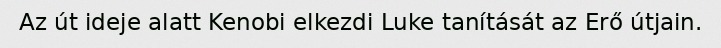
Az út ideje alatt Kenobi elkezdi Luke tanítását az Erő útjain.